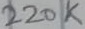
Text: 220K